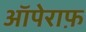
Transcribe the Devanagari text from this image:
ऑपेराफ़